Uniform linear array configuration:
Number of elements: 16
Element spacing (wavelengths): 0.25
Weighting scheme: cosine
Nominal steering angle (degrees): -45
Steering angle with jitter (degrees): -46.04
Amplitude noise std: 0.05
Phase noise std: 0.05

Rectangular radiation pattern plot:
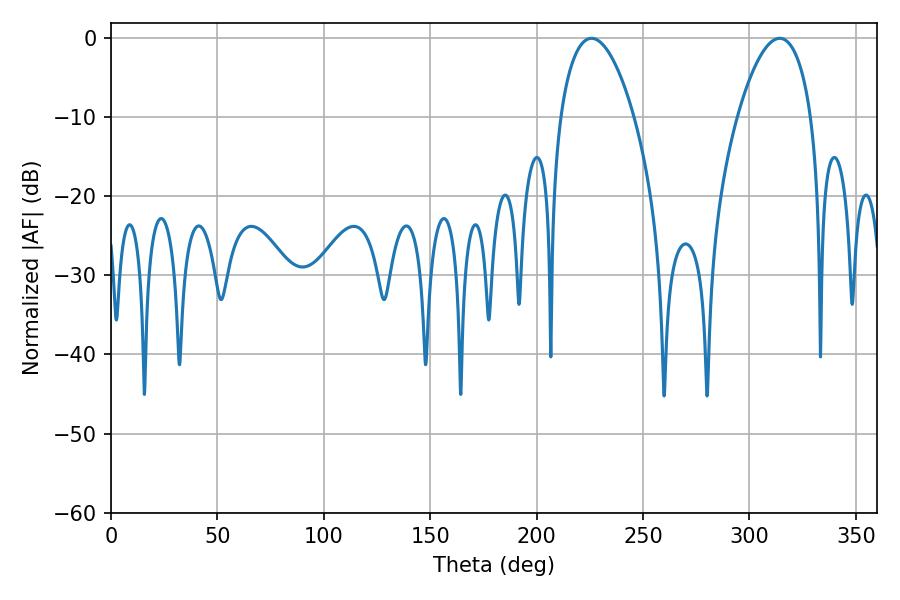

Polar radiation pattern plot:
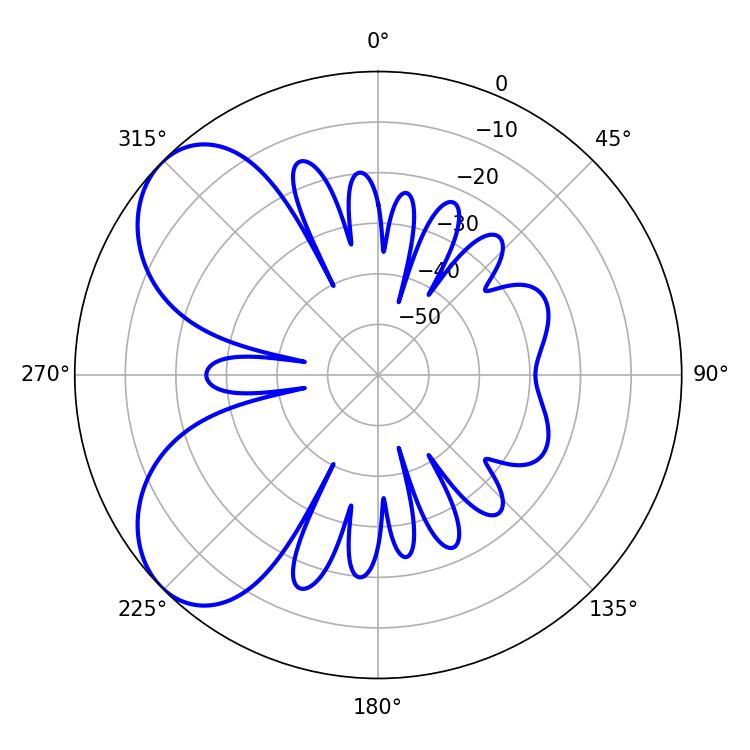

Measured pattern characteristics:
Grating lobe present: FALSE
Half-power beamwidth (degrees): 19.44
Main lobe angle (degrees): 225.72